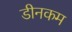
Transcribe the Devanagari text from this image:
डीनकम